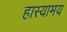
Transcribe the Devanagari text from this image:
हास्यामय